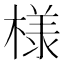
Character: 様